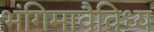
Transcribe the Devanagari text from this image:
भंगिमावैविध्य